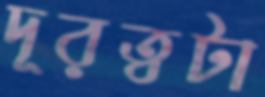
দূরত্বটা